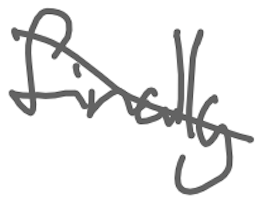
Text: finally
Cross-out: diagonal
Writing tool: digital_gray